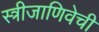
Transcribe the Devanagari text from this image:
स्त्रीजाणिवेची